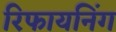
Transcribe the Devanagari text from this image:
रिफायनिंग